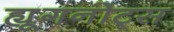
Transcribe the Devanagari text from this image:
ह्यूगनोट्स